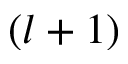
( l + 1 )